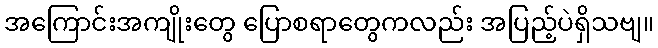
အကြောင်းအကျိုးတွေ ပြောစရာတွေကလည်း အပြည့်ပဲရှိသဗျ။